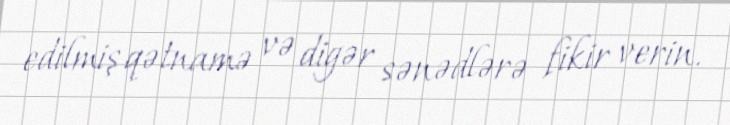
edilmiş qətnamə və digər sənədlərə fikir verin.